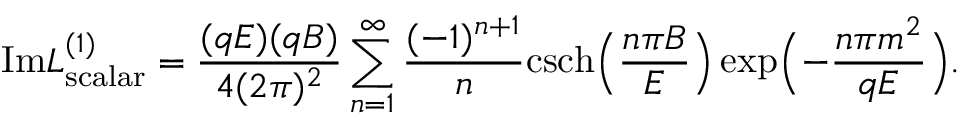
\mathrm { I m } { \cal L } _ { \mathrm { s c a l a r } } ^ { ( 1 ) } = \frac { ( q E ) ( q B ) } { 4 ( 2 \pi ) ^ { 2 } } \sum _ { n = 1 } ^ { \infty } \frac { ( - 1 ) ^ { n + 1 } } { n } \mathrm { c s c h } \Bigl ( \frac { n \pi B } { E } \Bigr ) \exp \Bigl ( - \frac { n \pi m ^ { 2 } } { q E } \Bigr ) .